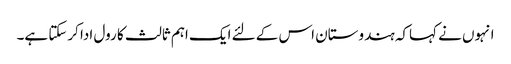
انہوں نے کہاکہ ہندوستان اس کے لئے ایک اہم ثالث کا رول ادا کرسکتا ہے۔